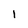
Character: 1